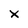
Character: x